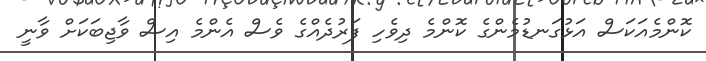
ކޮންމެއަކަސް އަޅުގަނޑުމެންގެ ކޮންމެ ދިވެހި ފަރުދެއްގެ ވެސް އެންމެ އިސް ވާޖިބަކަށް ވާނީ